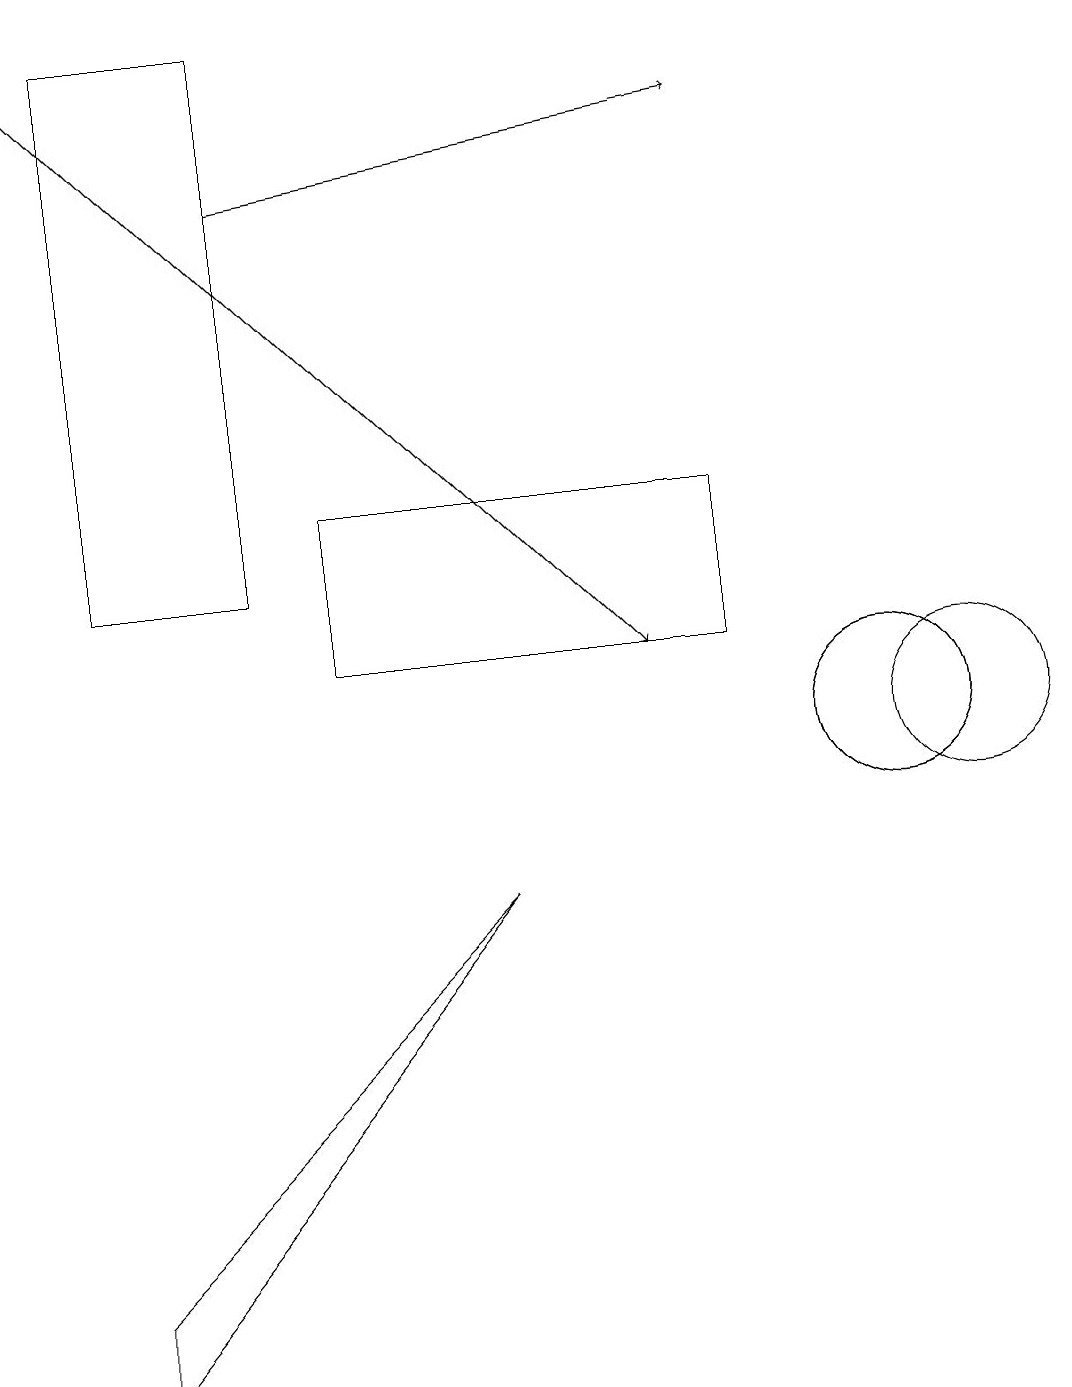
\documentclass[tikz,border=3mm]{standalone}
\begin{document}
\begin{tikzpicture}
\draw (11,10) circle (1);
\draw[->] (3,17) -- (9,18);
\draw (11,10) circle (1);
\draw (12,10) circle (1);
\draw (9,13) rectangle (4,11);
\draw (3,12) rectangle (1,19);
\draw (1,3) -- (1,2) -- (6,8) -- cycle;
\draw[->] (0,19) -- (8,11);
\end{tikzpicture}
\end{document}